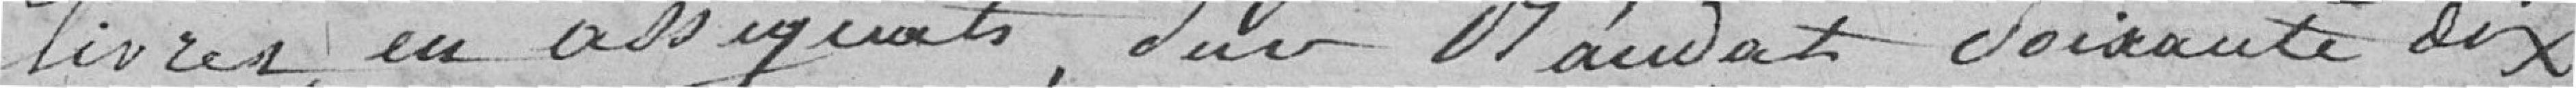
livres en assignats; sur Baudat, soixante dix